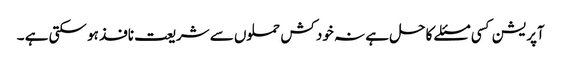
آپریشن کسی مسئلے کا حل ہے نہ خود کش حملوں سے شریعت نافذ ہو سکتی ہے ۔